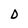
Character: D